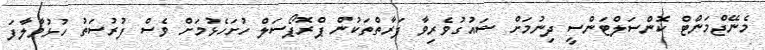
މެނޭޖްމަންޓް ކޮންސަލްޓަންސީ ދިނުމަށް ޝައުގުވެރިވާ ފަރާތްތަކުން ޕްރޮޕޯސަލް ހުށަހެޅުމަށް ވެސް ފުރުސަތު ހުޅުވާލާފަ